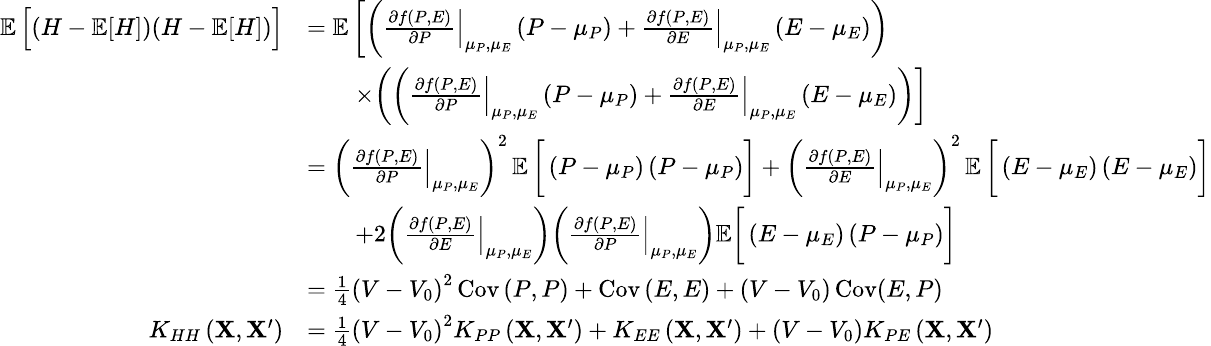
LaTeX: \small\begin{array}{rl}{\mathop{\mathbb{E}}\Big[(H-\mathop{\mathbb{E}}[H])(H-\mathop{\mathbb{E}}[H])\Big]}&{=\mathop{\mathbb{E}}\bigg[\bigg(\left.\frac{\partial f\left(P,E\right)}{\partial P}\right|_{\mu_{P},\mu_{E}}\left(P-\mu_{P}\right)+\left.\frac{\partial f\left(P,E\right)}{\partial E}\right|_{\mu_{P},\mu_{E}}\left(E-\mu_{E}\right)\bigg)}\\ &{\qquad\times\bigg(\bigg(\left.\frac{\partial f\left(P,E\right)}{\partial P}\right|_{\mu_{P},\mu_{E}}\left(P-\mu_{P}\right)+\left.\frac{\partial f\left(P,E\right)}{\partial E}\right|_{\mu_{P},\mu_{E}}\left(E-\mu_{E}\right)\bigg)\bigg]}\\ &{=\bigg(\left.\frac{\partial f\left(P,E\right)}{\partial P}\right|_{\mu_{P},\mu_{E}}\bigg)^{2}\mathop{\mathbb{E}}\bigg[\left(P-\mu_{P}\right)\left(P-\mu_{P}\right)\bigg]+\bigg(\left.\frac{\partial f\left(P,E\right)}{\partial E}\right|_{\mu_{P},\mu_{E}}\bigg)^{2}\mathop{\mathbb{E}}\bigg[\left(E-\mu_{E}\right)\left(E-\mu_{E}\right)\bigg]}\\ &{\qquad+2\bigg(\left.\frac{\partial f\left(P,E\right)}{\partial E}\right|_{\mu_{P},\mu_{E}}\bigg)\bigg(\left.\frac{\partial f\left(P,E\right)}{\partial P}\right|_{\mu_{P},\mu_{E}}\bigg)\mathbb{E}\bigg[\left(E-\mu_{E}\right)\left(P-\mu_{P}\right)\bigg]}\\ &{=\frac{1}{4}\left(V-V_{0}\right)^{2}\operatorname{Cov}\left(P,P\right)+\operatorname{Cov}\left(E,E\right)+(V-V_{0})\operatorname{Cov}(E,P)}\\ {K_{HH}\left(\mathbf{X},\mathbf{X}^{\prime}\right)}&{=\frac{1}{4}\left(V-V_{0}\right)^{2}K_{PP}\left(\mathbf{X},\mathbf{X}^{\prime}\right)+K_{EE}\left(\mathbf{X},\mathbf{X}^{\prime}\right)+(V-V_{0})K_{PE}\left(\mathbf{X},\mathbf{X}^{\prime}\right)}\end{array}